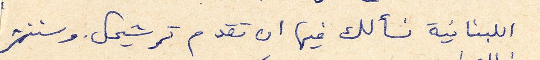
اللبنانية نسألك في ان تقدم ترشيحك. وسننشر